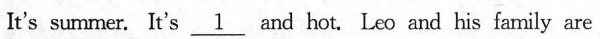
It's summer. It's \underline{1} and hot. Leo and his family are